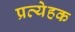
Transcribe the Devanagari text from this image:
प्रत्येहक